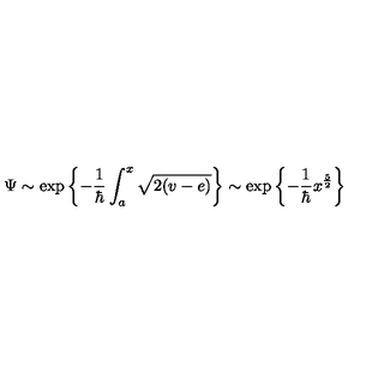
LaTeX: \Psi \sim \exp \left\{ - \frac { 1 } { \hbar } \int _ { a } ^ { x } \sqrt { 2 ( v - e ) } \right\} \sim \exp \left\{ - \frac { 1 } { \hbar } x ^ { \frac { 5 } { 2 } } \right\}